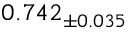
0 . 7 4 2 _ { \pm 0 . 0 3 5 }